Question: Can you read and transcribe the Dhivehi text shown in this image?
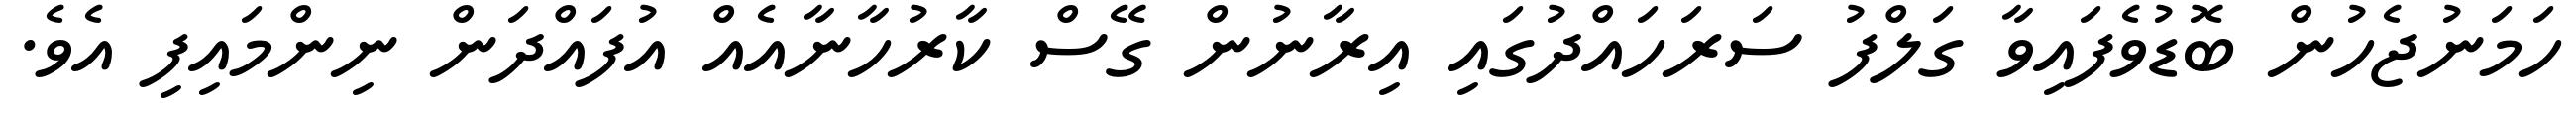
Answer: ހަމަނުޖެހުން ބޮޑުވެފައިވާ ގަލްފު ސަރަހައްދުގައި އިރާނުން ގޭސް ކާރުހާނާއެއް އުފައްދަން ނިންމައިފި އެވެ.